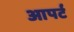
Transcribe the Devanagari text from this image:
आपर्ट